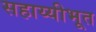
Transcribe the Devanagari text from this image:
सहाय्यीभूत